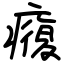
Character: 癁